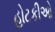
હોટકીઓ